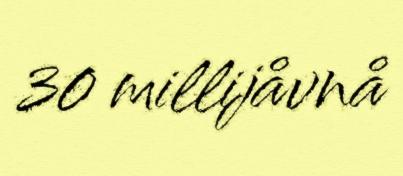
30 millijåvnå